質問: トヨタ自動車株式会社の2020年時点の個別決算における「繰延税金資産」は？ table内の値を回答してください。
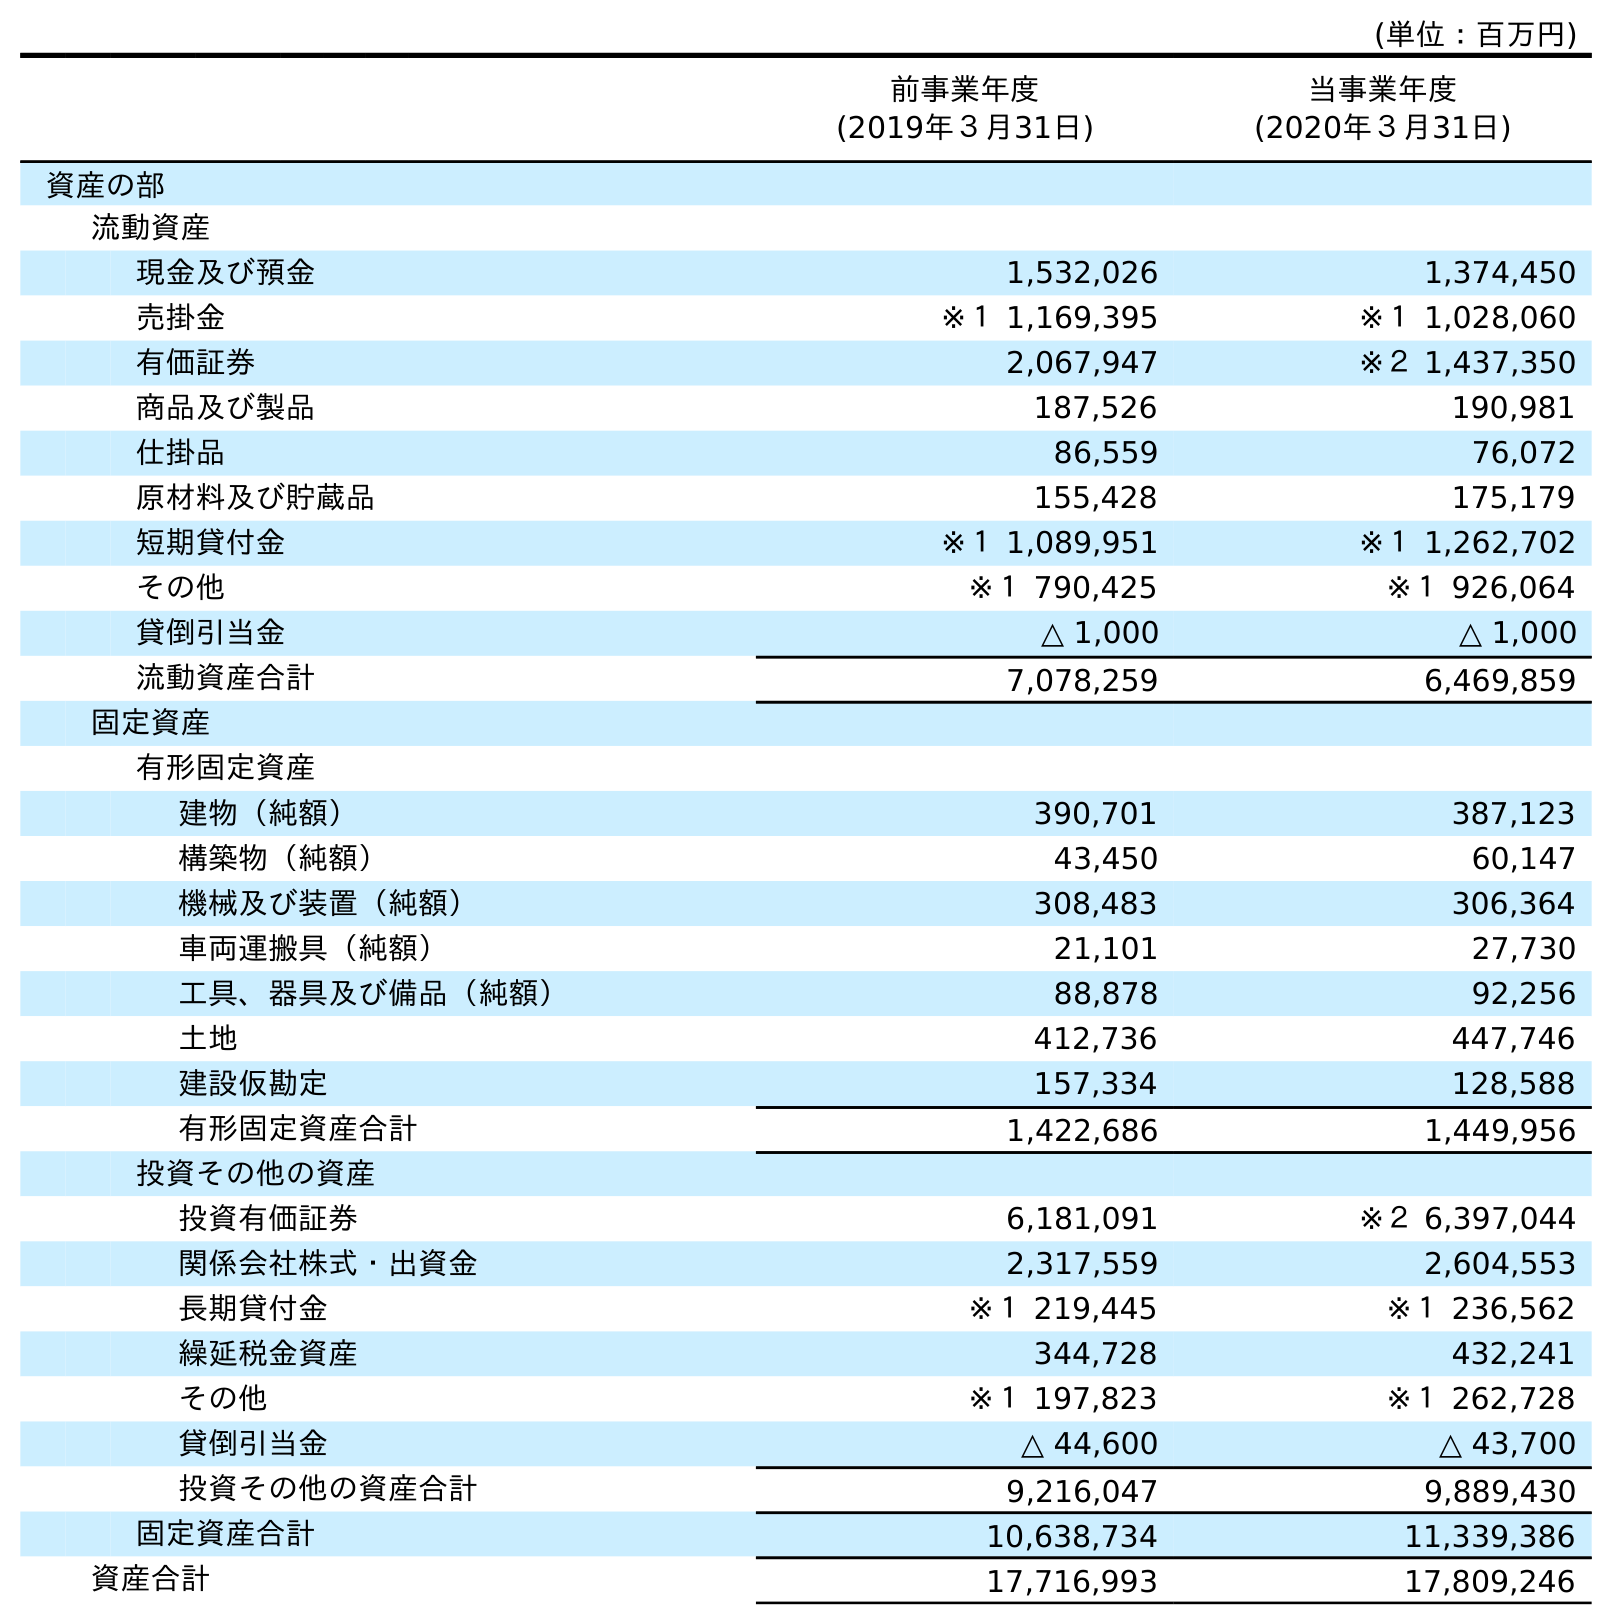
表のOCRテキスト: (単位：百万円) 前事業年度 (2019年３月31日) 当事業年度 (2020年３月31日) 資産の部 流動資産 現金及び預金 1,532,026 1,374,450 売掛金 ※１ 1,169,395 ※１ 1,028,060 有価証券 2,067,947 ※２ 1,437,350 商品及び製品 187,526 190,981 仕掛品 86,559 76,072 原材料及び貯蔵品 155,428 175,179 短期貸付金 ※１ 1,089,951 ※１ 1,262,702 その他 ※１ 790,425 ※１ 926,064 貸倒引当金 △ 1,000 △ 1,000 流動資産合計 7,078,259 6,469,859 固定資産 有形固定資産 建物（純額） 390,701 387,123 構築物（純額） 43,450 60,147 機械及び装置（純額） 308,483 306,364 車両運搬具（純額） 21,101 27,730 工具、器具及び備品（純額） 88,878 92,256 土地 412,736 447,746 建設仮勘定 157,334 128,588 有形固定資産合計 1,422,686 1,449,956 投資その他の資産 投資有価証券 6,181,091 ※２ 6,397,044 関係会社株式・出資金 2,317,559 2,604,553 長期貸付金 ※１ 219,445 ※１ 236,562 繰延税金資産 344,728 432,241 その他 ※１ 197,823 ※１ 262,728 貸倒引当金 △ 44,600 △ 43,700 投資その他の資産合計 9,216,047 9,889,430 固定資産合計 10,638,734 11,339,386 資産合計 17,716,993 17,809,246
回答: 432,241